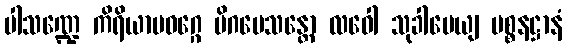
ပါသဏ္ဍေ ကိရိယာပဝဂ္ဂေ မိဂမေသန္တော လဝေါ သုခါပေယျ ပစ္စနဋ္ဌာနံ